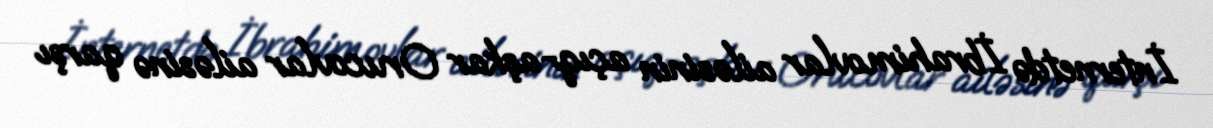
İnternetdə İbrahimovlar ailəsinin açıq-aşkar Orucovlar ailəsinə qarşı